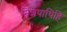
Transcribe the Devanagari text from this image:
निशपाथिहि